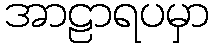
အာဠာရပမှာ